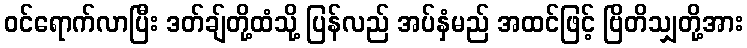
ဝင်ရောက်လာပြီး ဒတ်ချ်တို့ထံသို့ ပြန်လည် အပ်နှံမည် အထင်ဖြင့် ဗြိတိသျှတို့အား